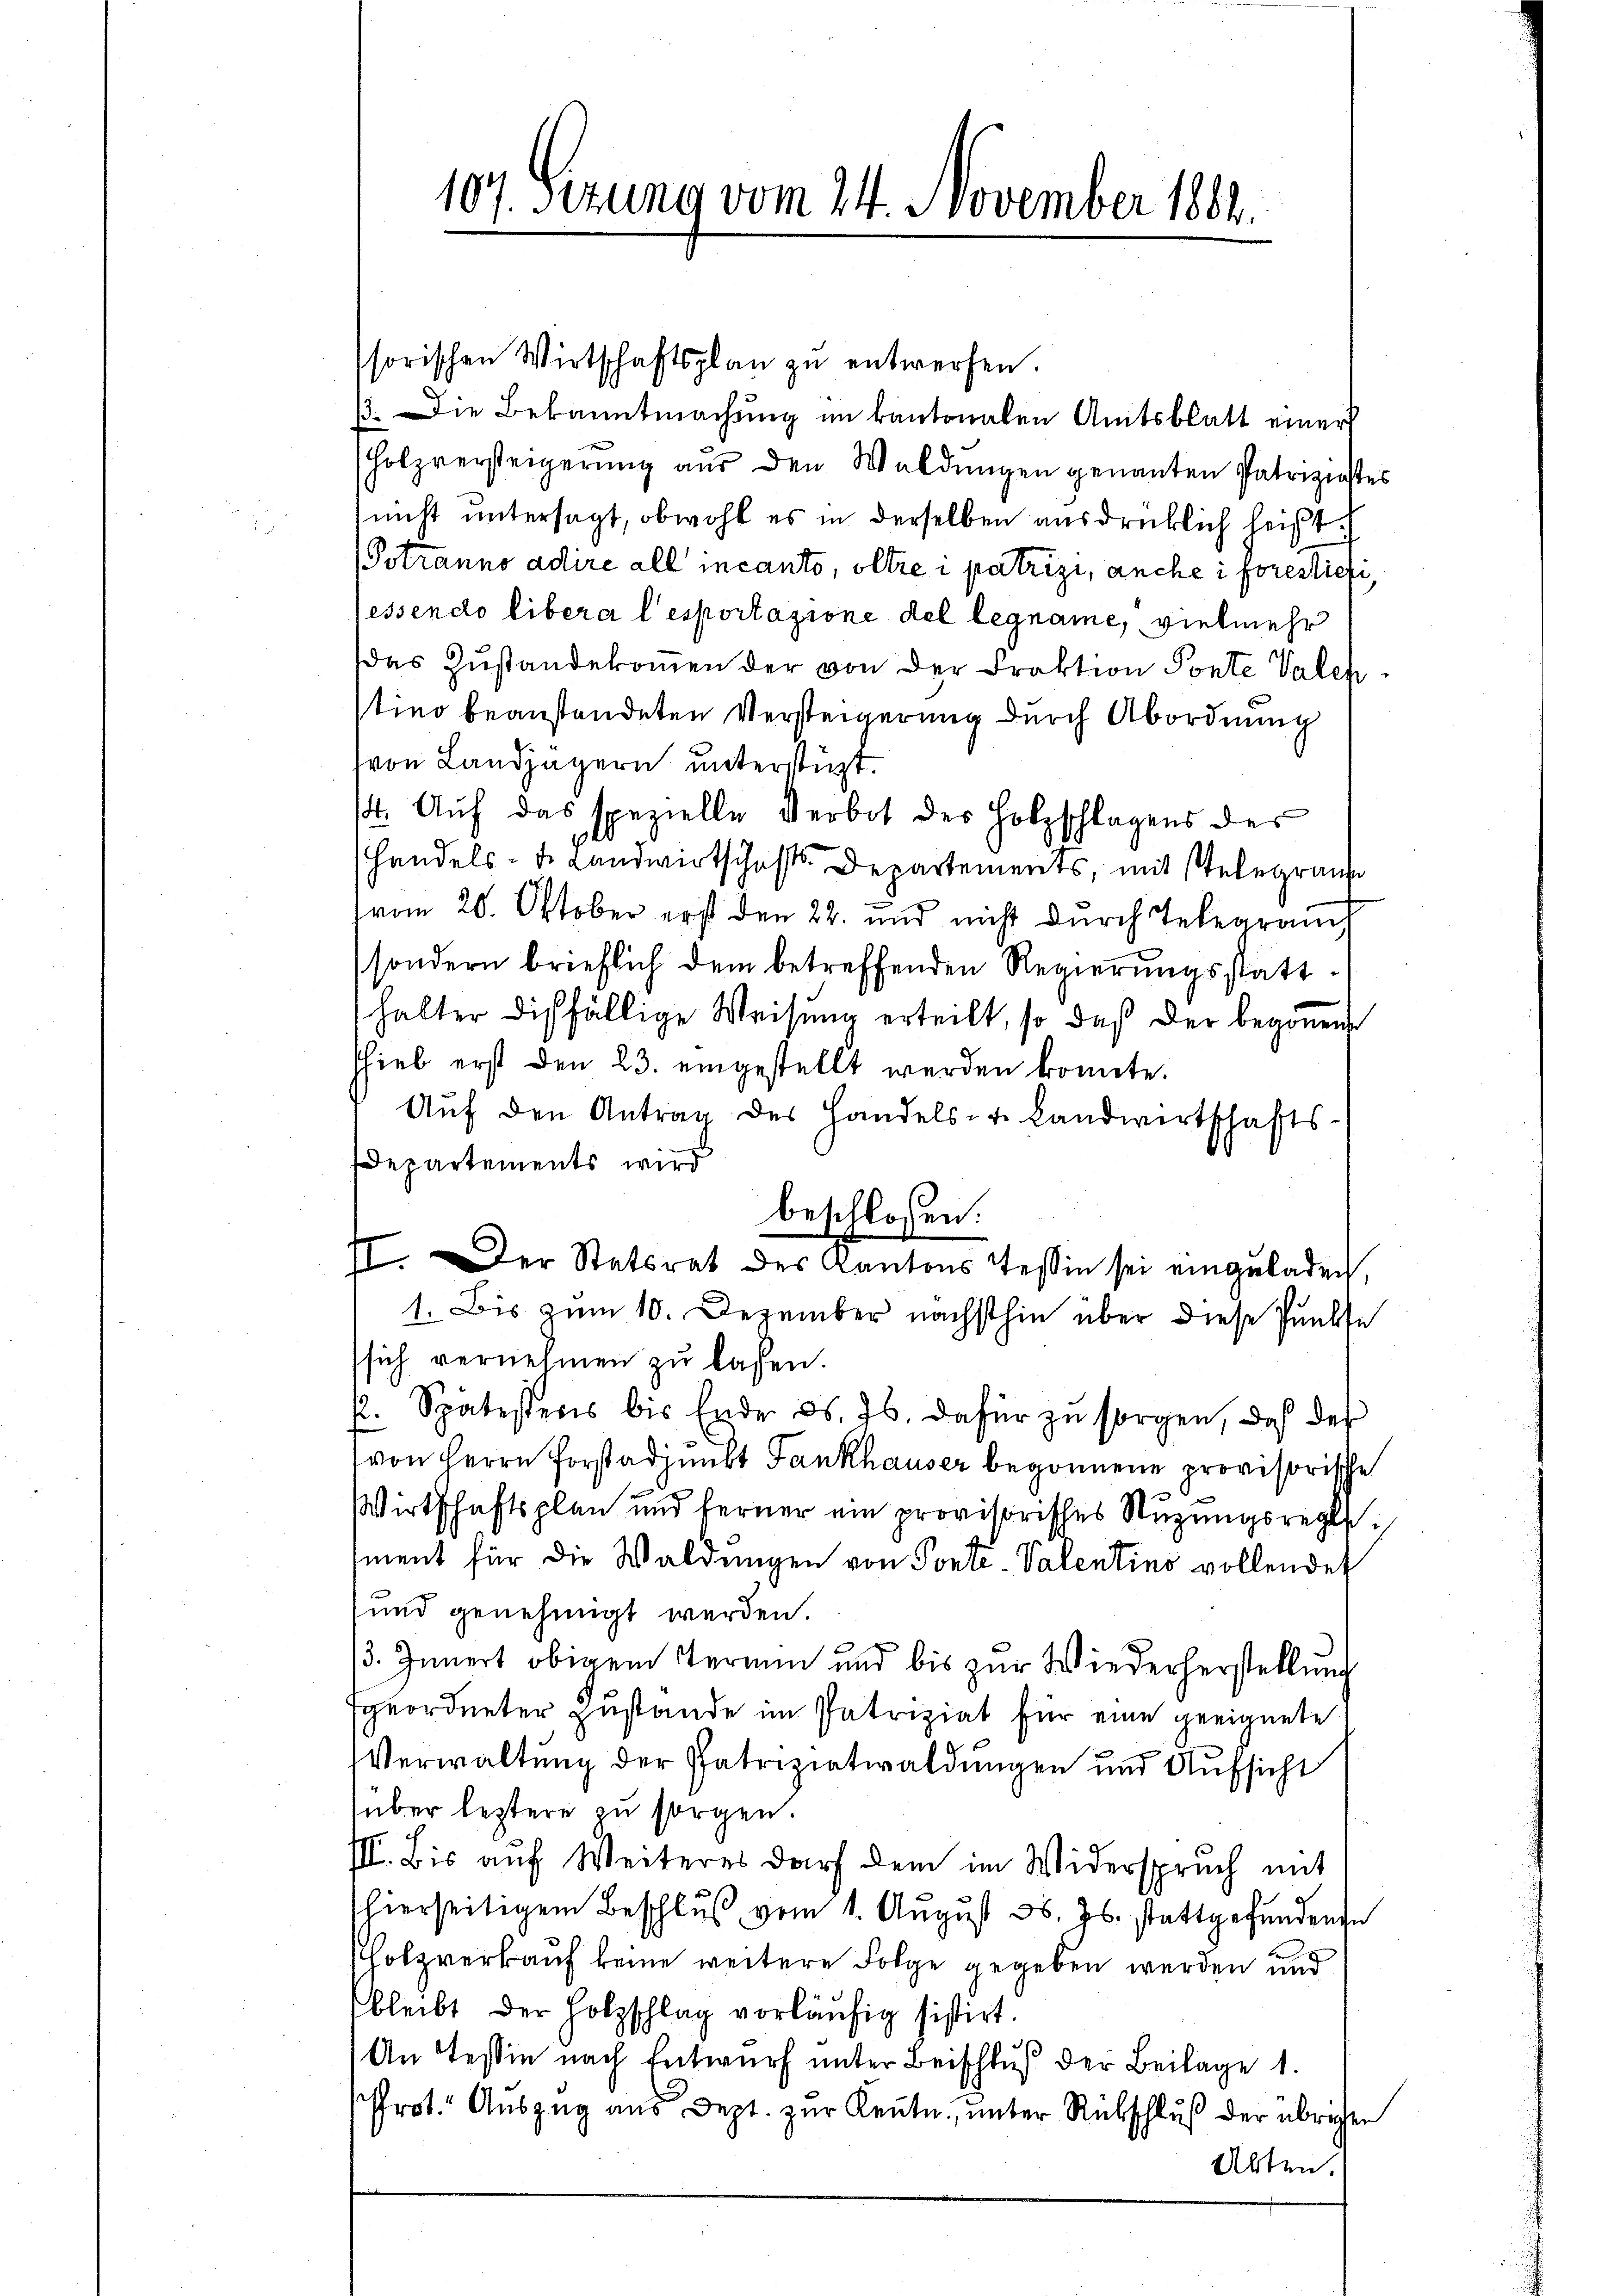
ssorischen Wirtschaftsplan zŭ entwerfen.
/7. Die Bekanntmachung im kantonalen Amtsblatt einer
Holzversteigerung aus den Waldungen genannten Patrizistes
nicht untersagt, obwohl es in derselben ausdrücklich heißt.
(Potranno adire all incanto, oltre i patrizi, anche i forestiefi,
lessendo libera l’esportazione del legname, vielmehr
das Zustandekommen der von der Fraktion Ponte Valen
tino beanstandeten Versteigerung durch Abordnung
von Landjägern unterstüzt.
14. Auf das spezielle Verbot des Holzschlagens des
Handels- Fr. Landwirtschafts-Departements, mit stelegrauhe
vom 20. Oktober erst den 22. und nicht durch Telegrauch
sondern brieflich dem betreffenden Regierŭngsstatt
halter diesfällige Weisung erteilt, so daß der begonnen
shiel erst den 23. eingestellt werden könnte.
Aŭf den Antrag des Handels- u. Landwirtschafts-
Departements wird
beschlossen:
II. Der Statsrat des Kantons Tessin sei einzŭladen,
1. Bis zum 10. Dezember nächsthin über diese Punkte
sich vernehmen zŭ lassen.
k. Spätesteris bis Ende d. Js. dafür zu sorgen, daß der
von Herrn Forstadjunkt Fankhauser begonnene provisorische
Wirtschaftsplan und ferner ein provisorisches Stüzungsregle¬
Iment für die Waldungen von Ponte-Valentino vollendet
und genehmigt werden.
. Innert obigem Termin und bis zŭr Wiederherstellŭng
Egeordneter Zustande im Patriziat für eine geeignete
Verwaltung der Patrizirtwaldungen und Aufsicht
über leztere zu sorgen.
III. Bis auf Weiteres darf dem im Widerspruch mit
hierseitigem Beschluß vom 1. August d. Js. stattgefundende
Holzverkauf keine weitere Folge gegeben werden und
bleibt der Holzschlag vorläŭfig sistirt.
An Tessin nach Entwurf unter Beischluß der Beilage 1.
Prot. Auszug aus Dept. zur Kennte, unter Rückschluß der übrigen
Arten.

107. Sizung vom 24. November 1882.